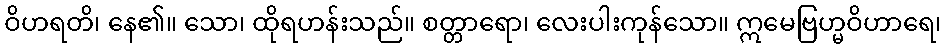
ဝိဟရတိ၊ နေ၏။ သော၊ ထိုရဟန်းသည်။ စတ္တာရော၊ လေးပါးကုန်သော။ ဣမေဗြဟ္မဝိဟာရေ၊